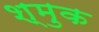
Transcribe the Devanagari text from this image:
श्मुक